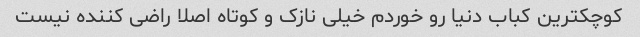
کوچکترین کباب دنیا رو خوردم خیلی نازک و کوتاه اصلا راضی کننده نیست